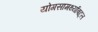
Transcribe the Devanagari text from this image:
योगसामर्थ्याबद्दल